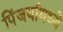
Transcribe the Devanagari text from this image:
पिंजर्यामध्ये